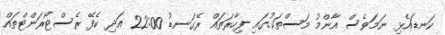
ކަނޑައެޅި ނަމަވެސް އާންމު މަސްތަކުގައި ފިހާރަތައް ރޭގަނޑު 22:00 އަދި ކެފޭ ރެސްޓޯރަންޓްތައް